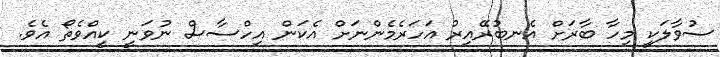
ސުވާލަކީ މިހާ ބާރަށް އެނބުރޭއިރު އަހަރެމެންނަށް އެކަން އިހްސާސް ނުވަނީ ކީއްވެތޯ އެވެ.